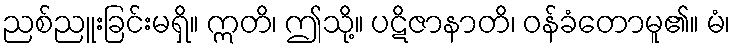
ညစ်ညူးခြင်းမရှိ။ ဣတိ၊ ဤသို့။ ပဋိဇာနာတိ၊ ဝန်ခံတောမူ၏။ မံ၊